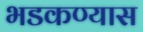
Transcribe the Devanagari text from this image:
भडकण्यास